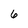
Character: 6